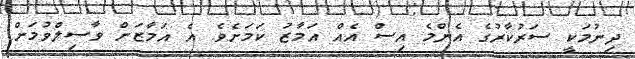
ދިނުމަކީ ސަރުކާރުގެ އެންމެ އިސް އެއް އަމާޒު ކަމަށެވެ. އެ އަމާޒަށް ވާސިލްވުމަށް